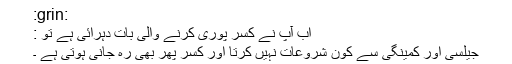
:grin:
اب آپ نے کسر پوری کرنے والی بات دہرائی ہے تو :
جیلسی اور کمینگی سے کون شروعات نہیں کرتا اور کسر پھر بھی رہ جانی ہوتی ہے ۔